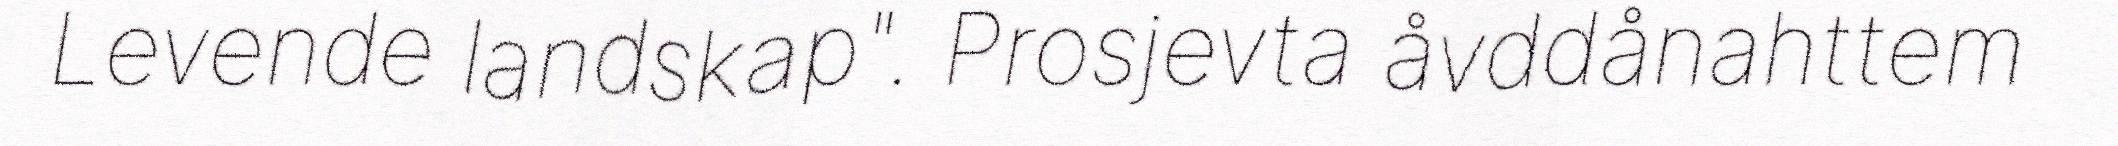
Levende landskap". Prosjevta åvddånahttem